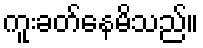
ကူးခတ်နေမိသည်။